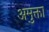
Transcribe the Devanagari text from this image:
अमुक्ता